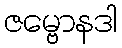
ဇမ္ဗောနဒါ